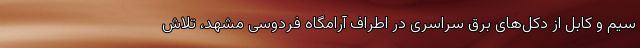
سیم و کابل از دکل‌های برق سراسری در اطراف آرامگاه فردوسی مشهد، تلاش